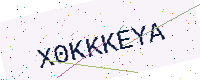
Text: X0KKKEYA